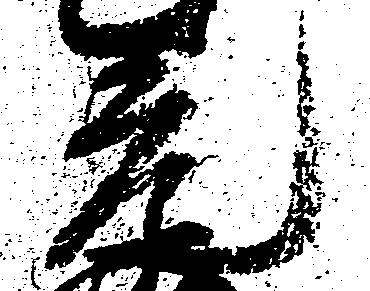
元